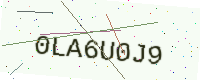
Text: 0LA6U0J9